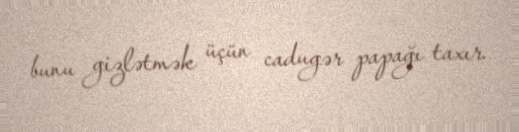
bunu gizlətmək üçün cadugər papağı taxır.